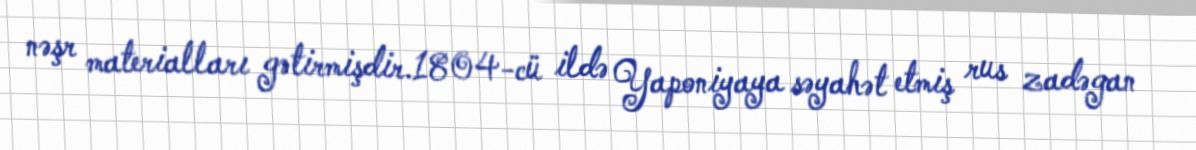
nəşr materialları gətirmişdir.1804-cü ildə Yaponiyaya səyahət etmiş rus zadəgan